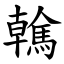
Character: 䮧